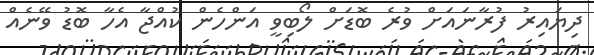
ދިޔައިރު ފުރާނައަށް ވުރެ ބޮޑަށް ލޯބިވީ އަންހެން ކުއްޖާ އެހާ ބޮޑު ވޭނެއް